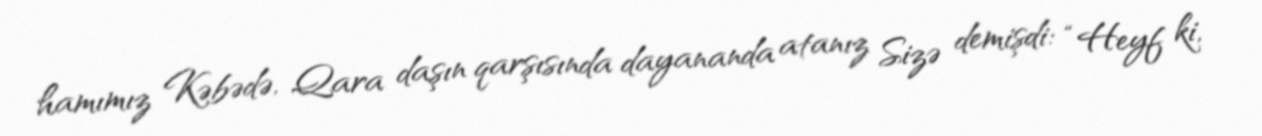
hamımız Kəbədə, Qara daşın qarşısında dayananda atanız Sizə demişdi: “Heyf ki,